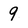
Character: 9